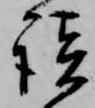
談